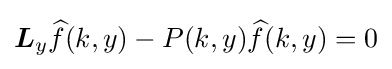
{\boldsymbol {L}}_{y}{\widehat {f}}(k,y)-P(k,y){\widehat {f}}(k,y)=0